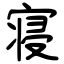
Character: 寝